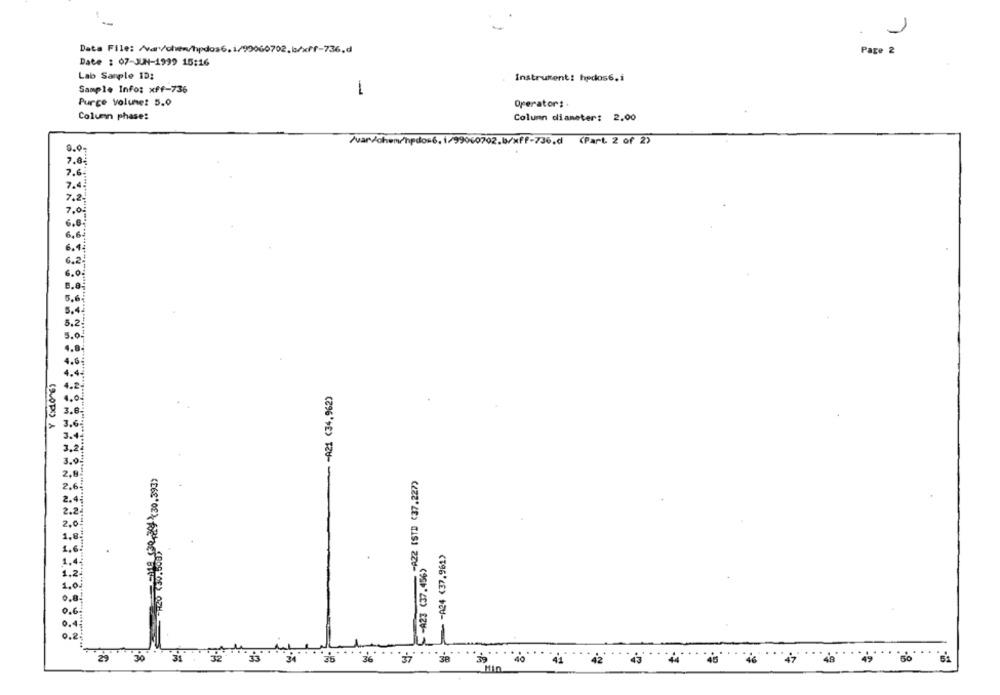
Data File: /var/chen/hpdos6.
99060702.6/xff-736.d
Page 2
Date : 07-JUN-1999 15:16
Lab Sample ID:
Instrument! hydos6.i
Sample Info: xff-736
-
Purce Volume: 5.0
Operator :.
Column phase:
Column diameter: 2.00
/var/chem/hpdo=6.1/99060702.b/xff-736.d. (Part. 2 of 2)
7.02
7.6
7.4
7.2.
7,0
6,6
6.4
6.2.
6.0
5.6.
-- A21 (34.962)
F-423 (37. 4565 822 1STD (37.227)
-A24 (37.961)
29
30
31
34
48
40
41